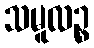
သမူလဉ္စ